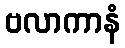
ဗလာကာနံ